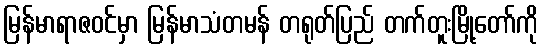
မြန်မာရာဇဝင်မှာ မြန်မာသံတမန် တရုတ်ပြည် တက်တူးမြို့တော်ကို